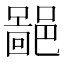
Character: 𨝚